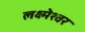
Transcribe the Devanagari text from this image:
लक्ष्मेश्‍वर